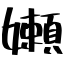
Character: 嬾